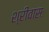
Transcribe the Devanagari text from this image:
श्रीवासः